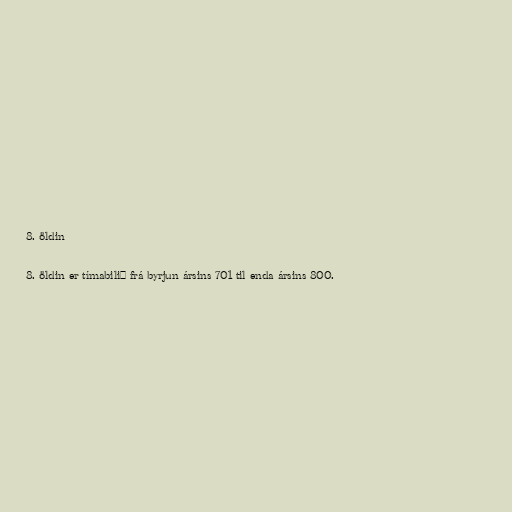
8. öldin

8. öldin er tímabilið frá byrjun ársins 701 til enda ársins 800.